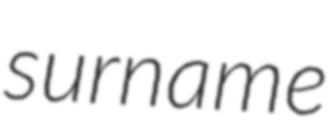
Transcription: surname